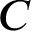
C